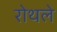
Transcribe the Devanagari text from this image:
रोथले